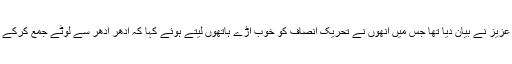
جس کے بعد دانیال عزیز نے بیان دیا تھا جس میں انھوں نے تحریک انصاف کو خوب آڑے ہاتھوں لیتے ہوئے کہا کہ ادھر اُدھر سے لوٹے جمع کرکے خلا پر نہیں ہوسکتا۔